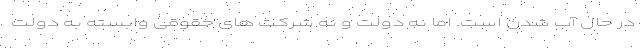
در حال آب شدن است. اما نه دولت و نه شرکت های حقوقی وابسته به دولت